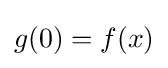
g(0)=f(x)